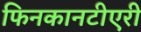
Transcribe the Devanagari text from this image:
फिनकानटीएरी